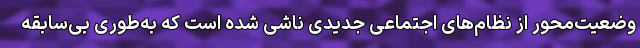
وضعیت‌محور از نظام‌های اجتماعی جدیدی ناشی شده است که به‌طوری بی‌سابقه